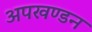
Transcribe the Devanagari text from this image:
अपखण्डन